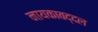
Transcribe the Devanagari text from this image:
नायकाबद्दल